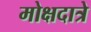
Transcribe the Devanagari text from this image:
मोक्षदात्रे